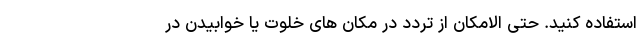
استفاده کنید. حتی الامکان از تردد در مکان های خلوت یا خوابیدن در